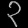
Digit: ၃